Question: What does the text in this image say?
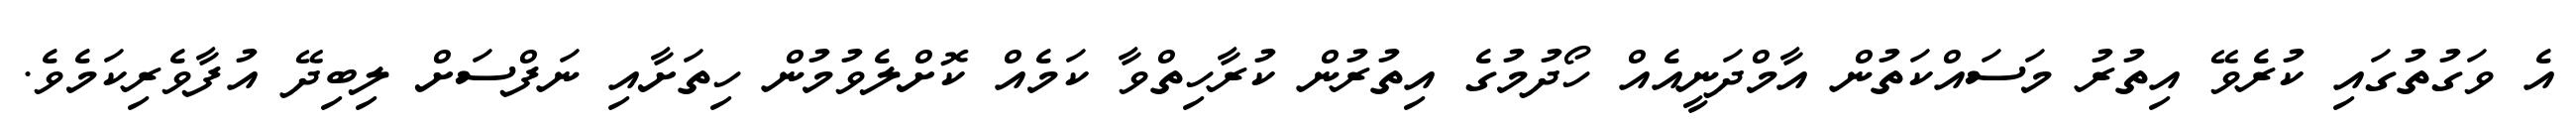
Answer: އެ ވަގުތުގައި ކުރެވޭ އިތުރު މަސައްކަތުން އާމްދަނީއެއް ހޯދުމުގެ އިތުރުން ކުރާހިތްވާ ކަމެއް ކޮށްލެވުމުން ހިތަށާއި ނަފްސަށް ލިބިދޭ އުފާވެރިކަމެވެ.